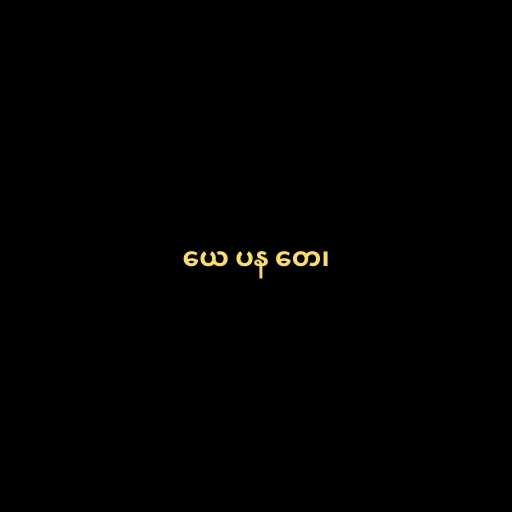
ယေ ပန တေ၊